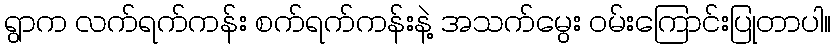
ရွာက လက်ရက်ကန်း စက်ရက်ကန်းနဲ့ အသက်မွေး ဝမ်းကြောင်းပြုတာပါ။